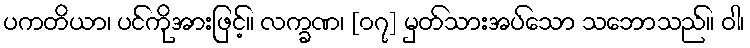
ပကတိယာ၊ ပင်ကိုအားဖြင့်။ လက္ခဏ၊ [၀၇] မှတ်သားအပ်သော သဘောသည်။ ဝါ၊